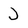
Character: J